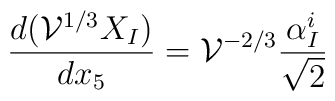
\frac{d({\cal V}^{1/3}X_I)}{dx_5}={\cal V}^{-2/3}\frac{\alpha_I^i}{\sqrt 2}